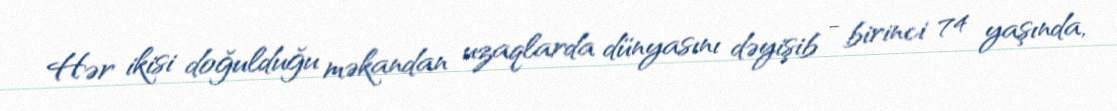
Hər ikisi doğulduğu məkandan uzaqlarda dünyasını dəyişib - birinci 74 yaşında,